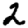
Digit: 2